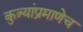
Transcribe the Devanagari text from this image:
कुत्र्यांप्रमाणेच